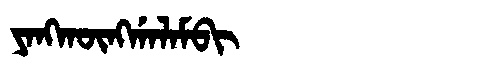
Manchu: ᠶᠠᠩᡴᡡᠩᡤᠠᠯᠠᠮᠪᡳ
Romanization: YANGKŪNGGALAMBI